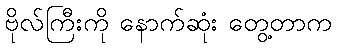
ဗိုလ်ကြီးကို နောက်ဆုံး တွေ့တာက